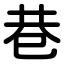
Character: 巷